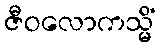
ဇီဝလောကသ္မိံ